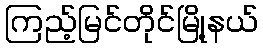
ကြည့်မြင်တိုင်မြို့နယ်